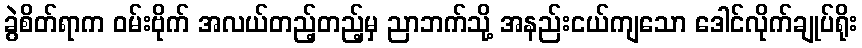
ခွဲစိတ်ရာက ဝမ်းဗိုက် အလယ်တည့်တည့်မှ ညာဘက်သို့ အနည်းငယ်ကျသော ဒေါင်လိုက်ချုပ်ရိုး